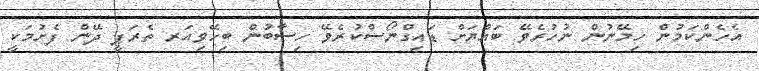
އެހެންކަމުން ހިމޭނުން ނުހުރެވޭ ބައްޔަށް ޑައިގްނޯސްކުރެވޭ ހިސާބުން ބިހޭވިއަރ ތެރަޕީ ދޭން ފެށުމަކީ